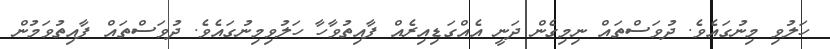
ހަލުވި މިނުގައެވެ. ދުވަސްތައް ނިމިގެން ދަނީ އެއްގަޑިއިރެއް ފާއިތުވާހާ ހަލުވިމިނުގައެވެ. ދުވަސްތައް ފާއިތުވަމުން